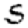
Digit: 5